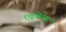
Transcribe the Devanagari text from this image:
एड्वेन्चर